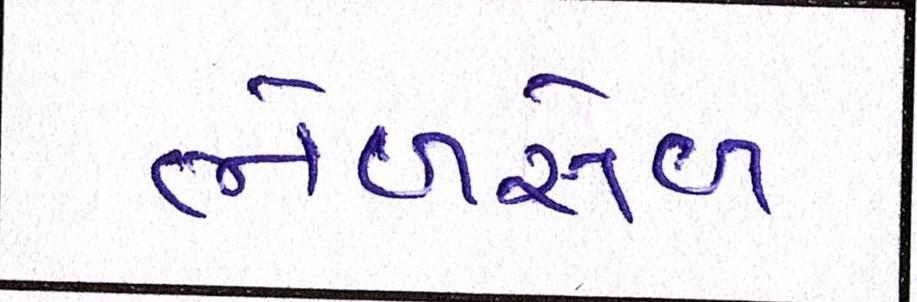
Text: ભેળસેળ